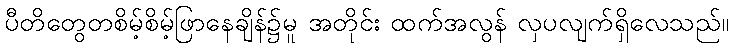
ပီတိတွေတစိမ့်စိမ့်ဖြာနေချိန်၌မူ အတိုင်း ထက်အလွန် လှပလျက်ရှိလေသည်။